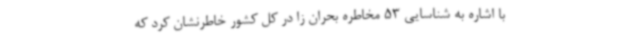
با اشاره به شناسایی 53 مخاطره بحران زا در کل کشور خاطرنشان کرد که